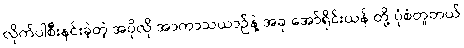
လိုက်ပါစီးနင်းခဲ့တဲ့ အပိုလို အာကာသယာဉ်နဲ့ အခု အော်ရိုင်းယန် တို့ ပုံစံတူတယ်